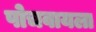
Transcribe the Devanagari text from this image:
पोचवायला